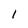
Character: 1